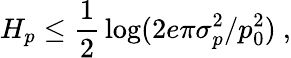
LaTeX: H_{p}\leq{\frac{1}{2}}\log(2e\pi\sigma_{p}^{2}/p_{0}^{2})~,